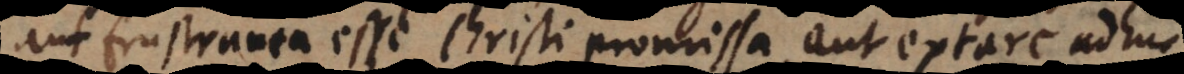
aut frustranea esse Christi promissa, aut extare adhuc